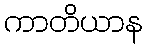
ကာတိယာန